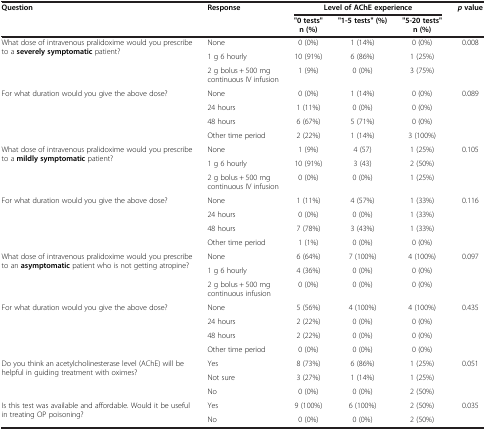
<table><thead><tr><td rowspan="2"><b>Question</b></td><td rowspan="2"><b>Response</b></td><td colspan="3"><b>Level of AChE experience</b></td><td rowspan="2"><b><i>p </i>value</b></td></tr><tr><td><b>&quot;0 tests&quot; n (%)</b></td><td><b>&quot;1-5 tests&quot; (%)</b></td><td><b>&quot;5-20 tests&quot; n (%)</b></td></tr></thead><tbody><tr><td rowspan="3">What dose of intravenous pralidoxime would you prescribe to a <b>severely symptomatic</b> patient?</td><td>None</td><td>0 (0%)</td><td>1 (14%)</td><td>0 (0%)</td><td rowspan="3">0.008</td></tr><tr><td>1 g 6 hourly</td><td>10 (91%)</td><td>6 (86%)</td><td>1 (25%)</td></tr><tr><td>2 g bolus + 500 mg continuous IV infusion</td><td>1 (9%)</td><td>0 (0%)</td><td>3 (75%)</td></tr><tr><td rowspan="4">For what duration would you give the above dose?</td><td>None</td><td>0 (0%)</td><td>1 (14%)</td><td>0 (0%)</td><td rowspan="4">0.089</td></tr><tr><td>24 hours</td><td>1 (11%)</td><td>0 (0%)</td><td>0 (0%)</td></tr><tr><td>48 hours</td><td>6 (67%)</td><td>5 (71%)</td><td>0 (0%)</td></tr><tr><td>Other time period</td><td>2 (22%)</td><td>1 (14%)</td><td>3 (100%)</td></tr><tr><td rowspan="3">What dose of intravenous pralidoxime would you prescribe to a <b>mildly symptomatic</b> patient?</td><td>None</td><td>1 (9%)</td><td>4 (57)</td><td>1 (25%)</td><td rowspan="3">0.105</td></tr><tr><td>1 g 6 hourly</td><td>10 (91%)</td><td>3 (43)</td><td>2 (50%)</td></tr><tr><td>2 g bolus + 500 mg continuous IV infusion</td><td>0 (0%)</td><td>0 (0%)</td><td>1 (25%)</td></tr><tr><td rowspan="4">For what duration would you give the above dose?</td><td>None</td><td>1 (11%)</td><td>4 (57%)</td><td>1 (33%)</td><td rowspan="4">0.116</td></tr><tr><td>24 hours</td><td>0 (0%)</td><td>0 (0%)</td><td>1 (33%)</td></tr><tr><td>48 hours</td><td>7 (78%)</td><td>3 (43%)</td><td>1 (33%)</td></tr><tr><td>Other time period</td><td>1 (1%)</td><td>0 (0%)</td><td>0 (0%)</td></tr><tr><td rowspan="3">What dose of intravenous pralidoxime would you prescribe to an <b>asymptomatic</b> patient who is not getting atropine?</td><td>None</td><td>6 (64%)</td><td>7 (100%)</td><td>4 (100%)</td><td rowspan="3">0.097</td></tr><tr><td>1 g 6 hourly</td><td>4 (36%)</td><td>0 (0%)</td><td>0 (0%)</td></tr><tr><td>2 g bolus + 500 mg continuous infusion</td><td>0 (0%)</td><td>0 (0%)</td><td>0 (0%)</td></tr><tr><td rowspan="4">For what duration would you give the above dose?</td><td>None</td><td>5 (56%)</td><td>4 (100%)</td><td>4 (100%)</td><td rowspan="4">0.435</td></tr><tr><td>24 hours</td><td>2 (22%)</td><td>0 (0%)</td><td>0 (0%)</td></tr><tr><td>48 hours</td><td>2 (22%)</td><td>0 (0%)</td><td>0 (0%)</td></tr><tr><td>Other time period</td><td>0 (0%)</td><td>0 (0%)</td><td>0 (0%)</td></tr><tr><td rowspan="3">Do you think an acetylcholinesterase level (AChE) will be helpful in guiding treatment with oximes?</td><td>Yes</td><td>8 (73%)</td><td>6 (86%)</td><td>1 (25%)</td><td rowspan="3">0.051</td></tr><tr><td>Not sure</td><td>3 (27%)</td><td>1 (14%)</td><td>1 (25%)</td></tr><tr><td>No</td><td>0 (0%)</td><td>0 (0%)</td><td>2 (50%)</td></tr><tr><td rowspan="2">Is this test was available and affordable. Would it be useful in treating OP poisoning?</td><td>Yes</td><td>9 (100%)</td><td>6 (100%)</td><td>2 (50%)</td><td rowspan="2">0.035</td></tr><tr><td>No</td><td>0 (0%)</td><td>0 (0%)</td><td>2 (50%)</td></tr></tbody></table>